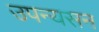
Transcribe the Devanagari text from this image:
उपन्यसन